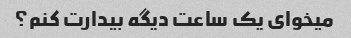
میخوای یک ساعت دیگه بیدارت کنم؟